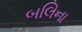
બલિના